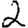
Digit: 2